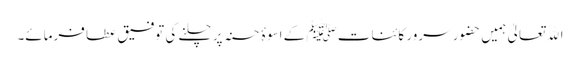
اﷲ تعالیٰ ہمیں حضور سرور کائنات ﷺ کے اسوۂ حسنہ پر چلنے کی توفیق عطا فرمائے۔